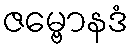
ဇမ္ဗောနဒံ